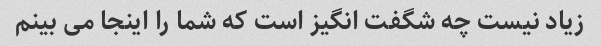
زیاد نیست چه شگفت انگیز است که شما را اینجا می بینم